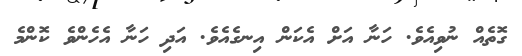
ގޮތެއް ނުވިއެވެ. ހަނާ އަށް އެކަން އިނގެއެވެ. އަދި ހަނާ އެހެންވެ ކޮންމެ